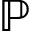
\mathbb { P }